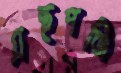
গ্রন্থপঞ্জি